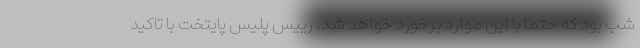
شب بود که حتما با این موارد برخورد خواهد شد. رییس پلیس پایتخت با تاکید